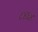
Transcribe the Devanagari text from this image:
८४६४